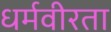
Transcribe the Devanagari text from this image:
धर्मवीरता